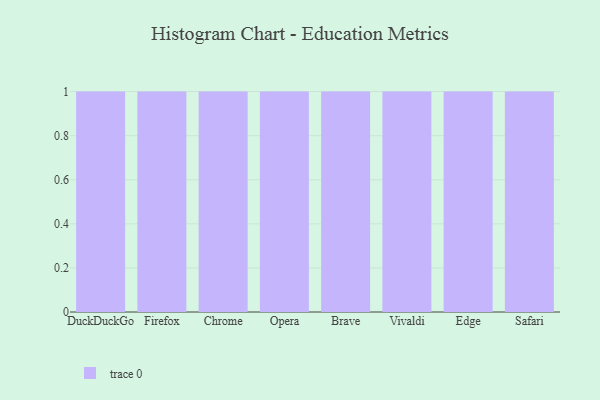
{"axis": {"x": "Browser", "y": "Temperature (°C)"}, "legend": [""], "data": [{"x": "DuckDuckGo", "y": 79, "type": ""}, {"x": "Firefox", "y": 60, "type": ""}, {"x": "Chrome", "y": 77, "type": ""}, {"x": "Opera", "y": 25, "type": ""}, {"x": "Brave", "y": 97, "type": ""}, {"x": "Vivaldi", "y": 30, "type": ""}, {"x": "Edge", "y": 92, "type": ""}, {"x": "Safari", "y": 34, "type": ""}]}